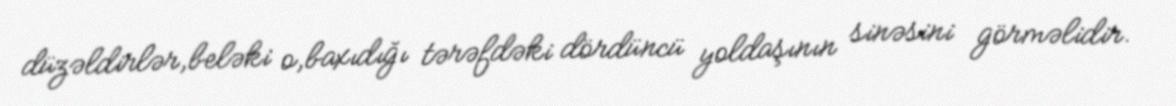
düzəldirlər,beləki o,baxıdığı tərəfdəki dördüncü yoldaşının sinəsini görməlidir.